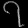
Digit: ၇